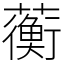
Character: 蘅